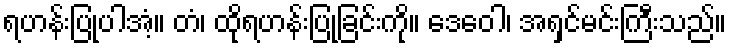
ရဟန်းပြုပါအံ့။ တံ၊ ထိုရဟန်းပြုခြင်းကို။ ဒေဝေါ၊ အရှင်မင်းကြီးသည်။